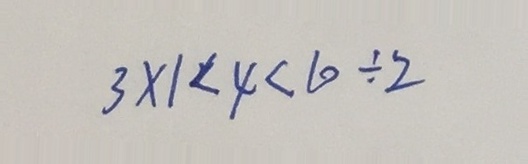
3 \times 1 < 4 < 1 0 \div 2